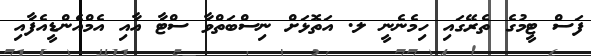
ފަސް ޓީމުގެ ތެރޭގައި ހިމެނެނީ ލ. އަތޮޅަށް ނިސްބަތްވާ ސްޓާ އާއި އެމްއެންޑީއެފާއި